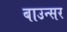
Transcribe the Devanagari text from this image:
बाउन्सर